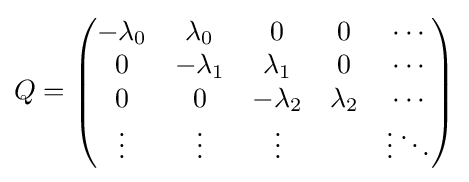
Q={\begin{pmatrix}-\lambda _{0}&\lambda _{0}&0&0&\cdots \\0&-\lambda _{1}&\lambda _{1}&0&\cdots \\0&0&-\lambda _{2}&\lambda _{2}&\cdots \\\vdots &\vdots &\vdots &&\vdots \ddots \end{pmatrix}}